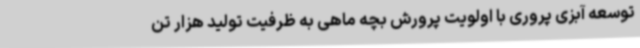
توسعه آبزی پروری با اولویت پرورش بچه ماهی به ظرفیت تولید هزار تن